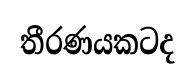
තීරණයකටද